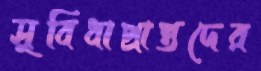
সুবিধাপ্রাপ্তদের